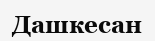
Дашкесан